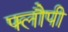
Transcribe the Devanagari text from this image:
फ्लौपी